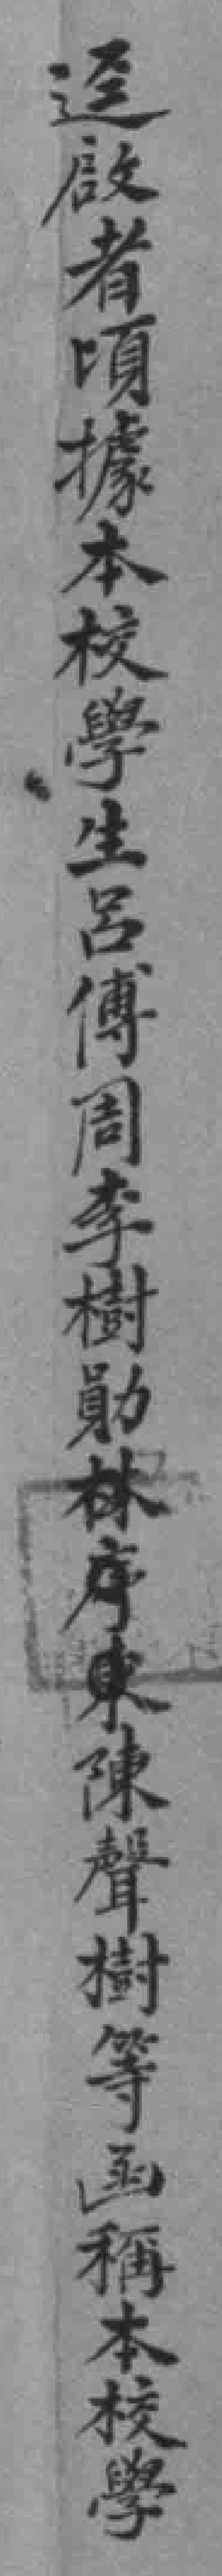
迳啟者頃據本校學生呂傅周李樹勛林序東陳聲樹等函稱本校學